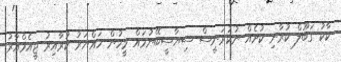
ކާކު ގަބޫލް ކުރާނި ކުށެއް ނުކުރަނީސް ސިޔާސީބޭނުމައް މީހުން ހައްޔަރު ކުރާއިރު ޖީއެމްއާރު